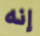
إنه